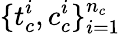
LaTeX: \{ t_{c}^{i},c_{c}^{i}\} _{i=1}^{n_{c}}